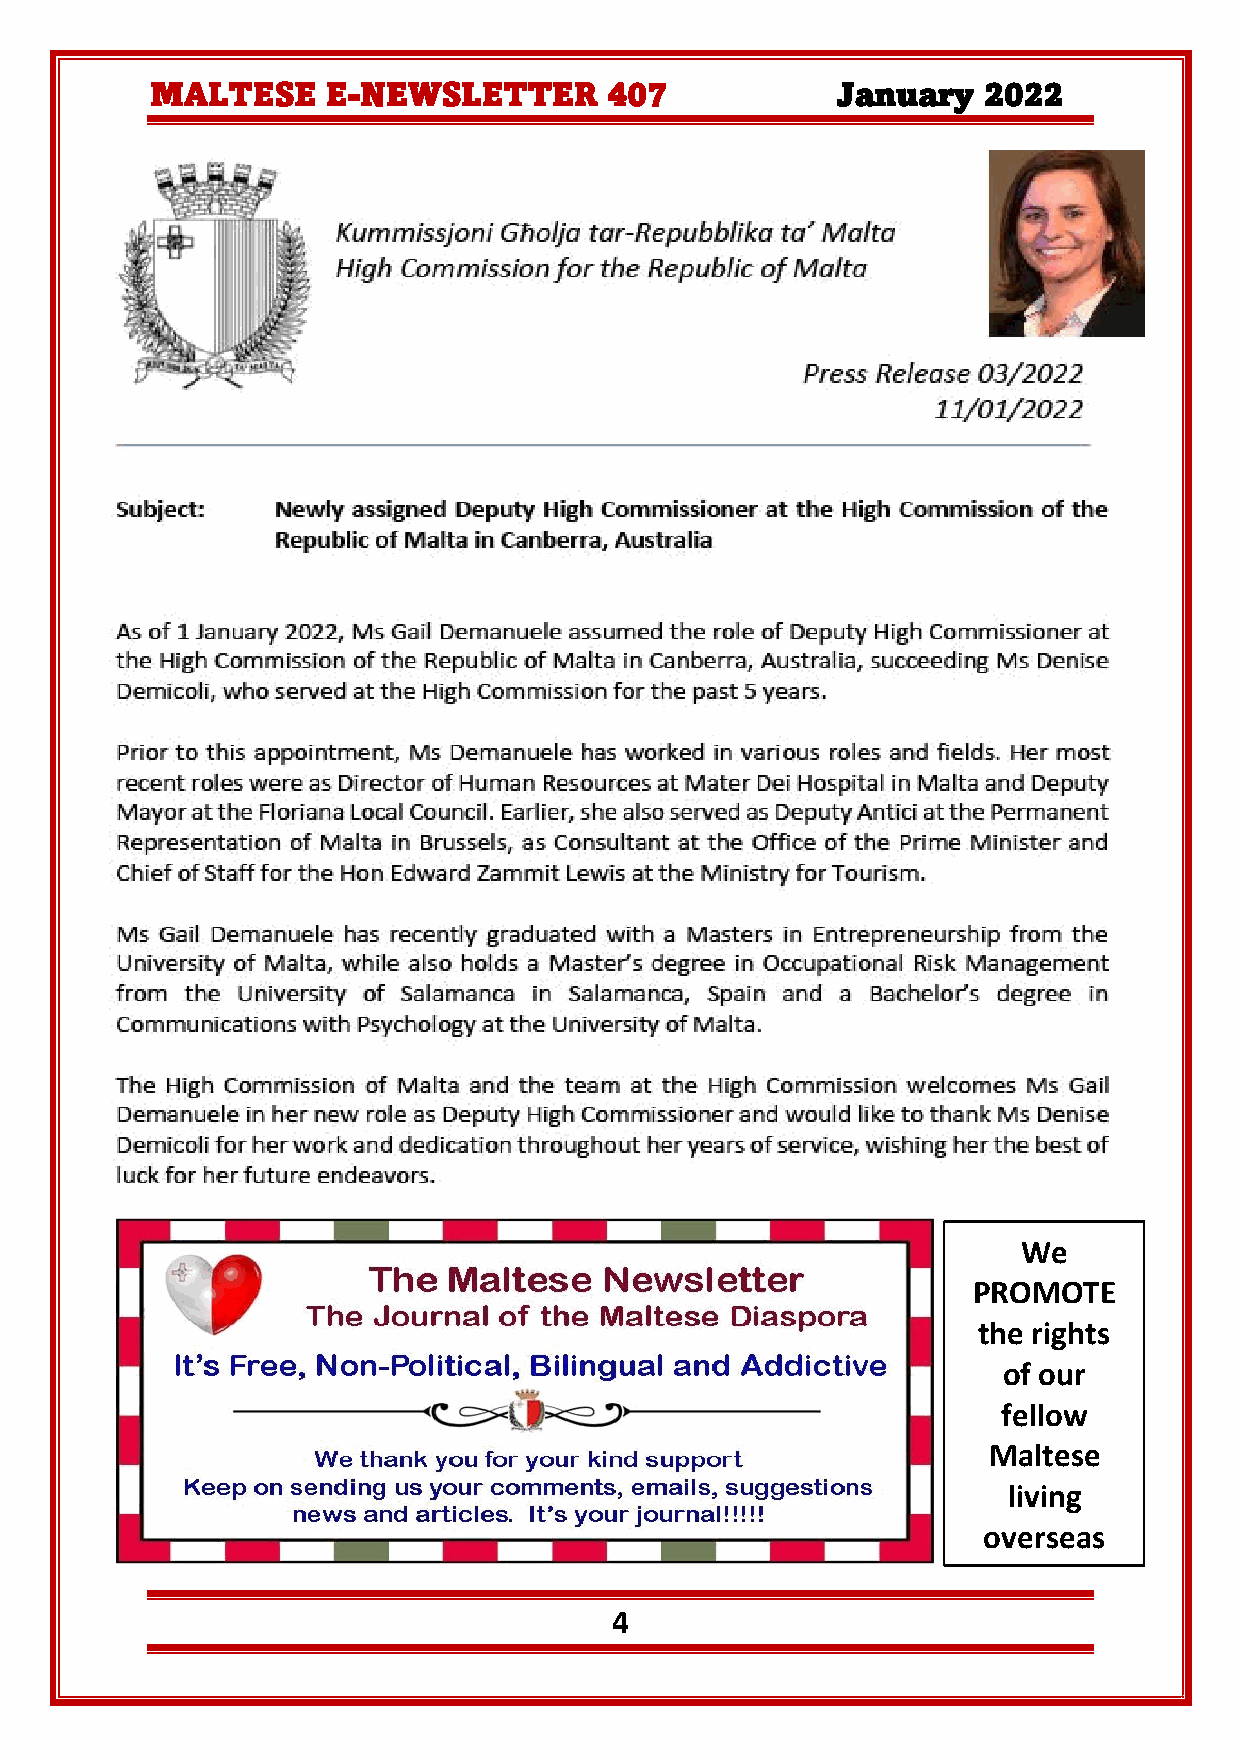
MALTESE     E-NEWSLETTER      407            January   2022
 We
 PROM  OTE
 the rights
 of our
 fellow
 Maltese
 living
 overseas
 4